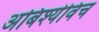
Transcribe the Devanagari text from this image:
अबिश्येविच